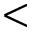
<